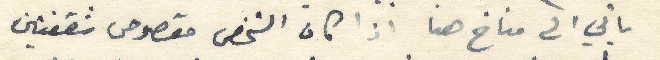
ياتي الى مناخ هنا اذا كان الشخص مقصوص شقفتين